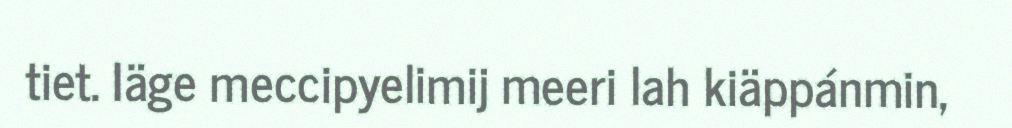
tiet. Iäge meccipyelimij meeri lah kiäppánmin,